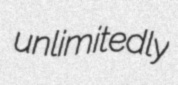
unlimitedly